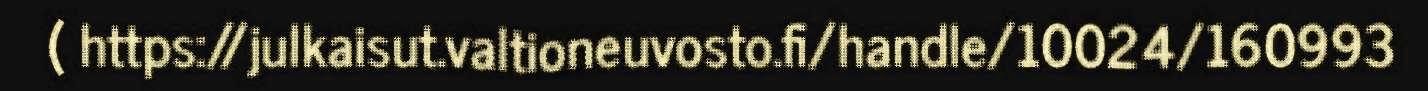
( https://julkaisut.valtioneuvosto.fi/handle/10024/160993